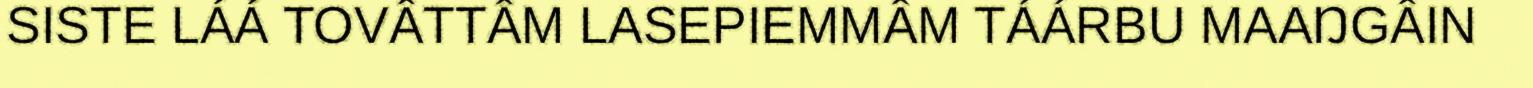
SISTE LÁÁ TOVÂTTÂM LASEPIEMMÂM TÁÁRBU MAAŊGÂIN